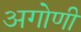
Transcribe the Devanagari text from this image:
अगोणी